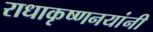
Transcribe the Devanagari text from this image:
राधाकृष्णनयांनी